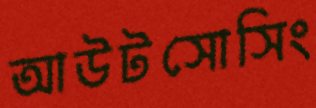
আউটসোসিং